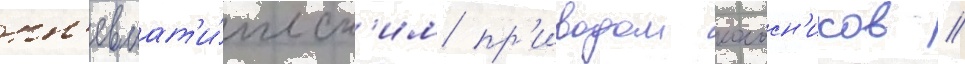
пн'евмат'и́ческ'им пр'иводом колосн'иков //